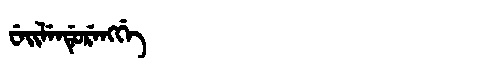
Manchu: ᠸᡝᡳᠯᡝᠨᡩᡠᡵᡝᠩᡤᡝ
Romanization: WEILENDURENGGE